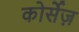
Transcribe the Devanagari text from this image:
कोर्सेज़